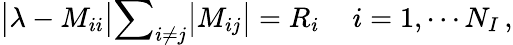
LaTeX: \big|\lambda-M_{ii}\big|\le\sum_{i\ne j}\big|M_{ij}\big|=R_{i}\, \quad i=1,\cdots N_{I}\, ,